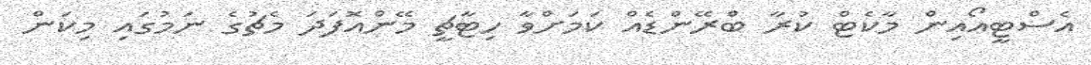
އެސްޓީއޯއިން މާކެޓް ކުރާ ބްރޭންޑެއް ކަމަށްވާ ހިޓާޗީ މޭންއޮފަދަ މެޗުގެ ނަމުގައި މިކަން